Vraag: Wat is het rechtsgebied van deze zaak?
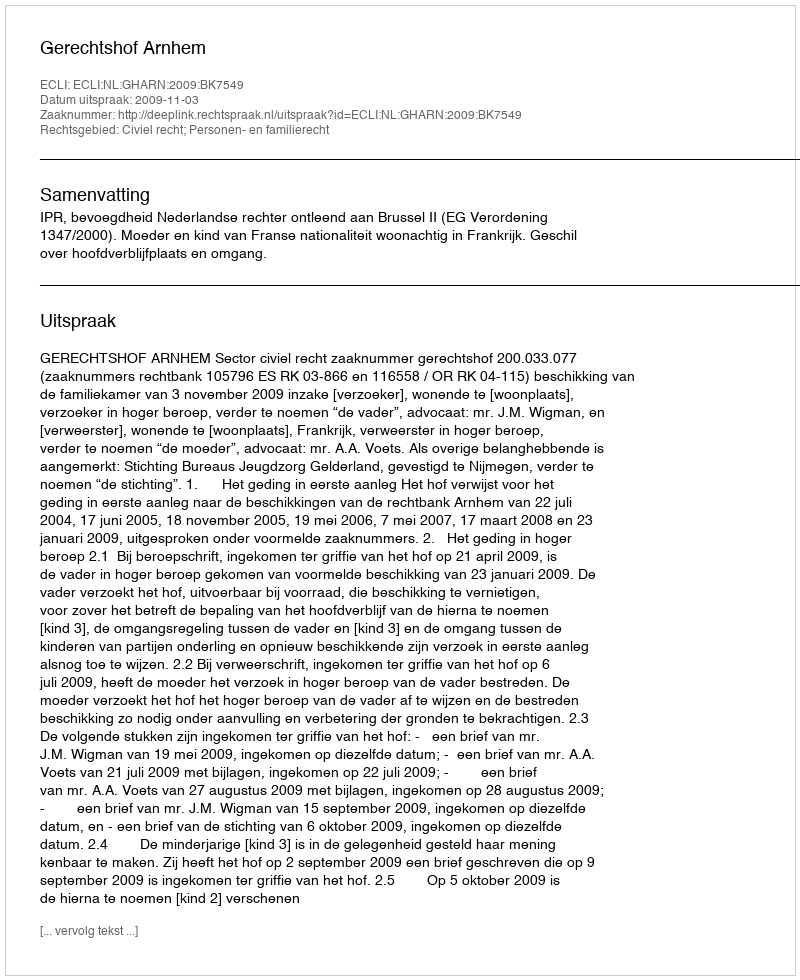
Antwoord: Civiel recht; Personen- en familierecht